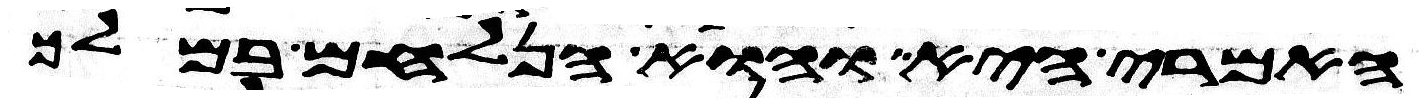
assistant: האמרי היא והוא הנלחם במלך